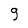
Character: g